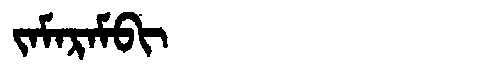
Manchu: ᠵᠠᠮᠠᡵᠠᠮᠪᡳ
Romanization: JAMARAMBI